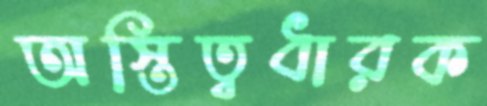
অস্তিত্বধারক